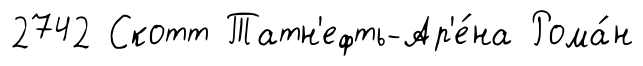
2742 Скотт Татн'ефть-Ар'е́на Рома́н